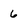
Character: 6